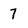
Character: 7